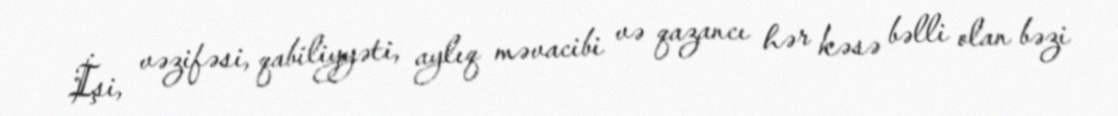
İşi, vəzifəsi, qabiliyyəti, aylıq məvacibi və qazancı hər kəsə bəlli olan bəzi